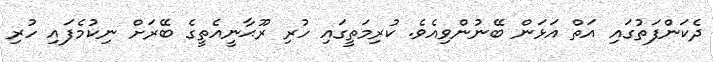
ދެކަންފަތުގައި އަތް އަޅަން ބޭނުންވިއެވެ. ކުރިމަތީގައި ހުރި ރޫޙާނީއެތީގެ ބޭރަށް ނިކުމެފައި ހުރި